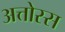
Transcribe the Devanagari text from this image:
अत्तोस्स